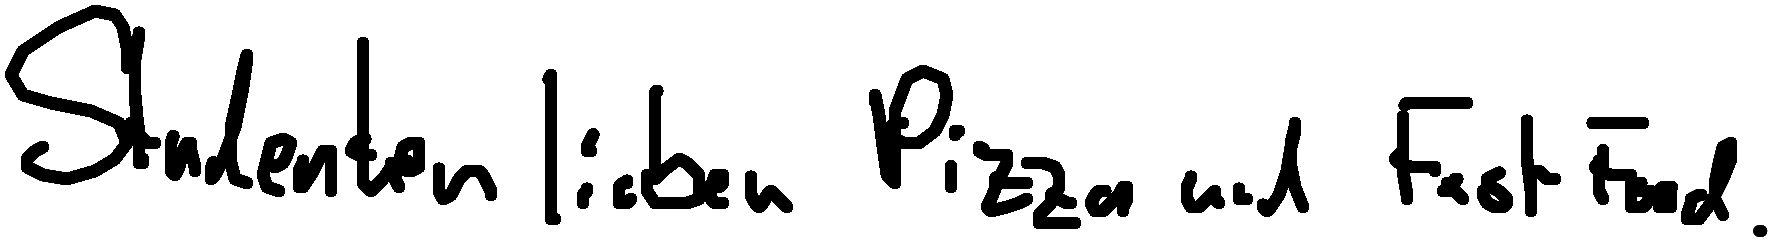
Studenten lieben Pizza und Fast Food.